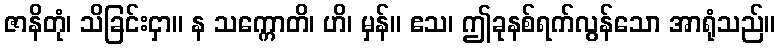
ဇာနိတုံ၊ သိခြင်းငှာ။ န သက္ကောတိ၊ ဟိ၊ မှန်။ ဧသ၊ ဤခုနစ်ရက်လွန်သော အာရုံသည်။